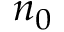
n _ { 0 }